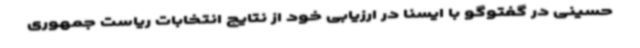
حسینی در گفتوگو با ایسنا در ارزیابی خود از نتایج انتخابات ریاست جمهوری